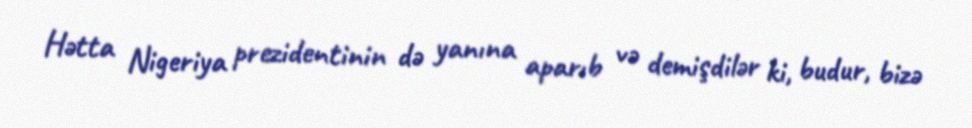
Hətta Nigeriya prezidentinin də yanına aparıb və demişdilər ki, budur, bizə